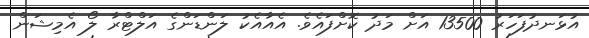
އުޅަނދުފަހަރު 13500 އަށް މަދު ކޮށްފައެވެ. އެއާއެކު ލަންޑަންގެ އަލްޓްރާ ލޯ އެމިޝަން